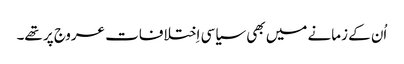
‏ اُن کے زمانے میں بھی سیاسی اِختلافات عروج پر تھے۔